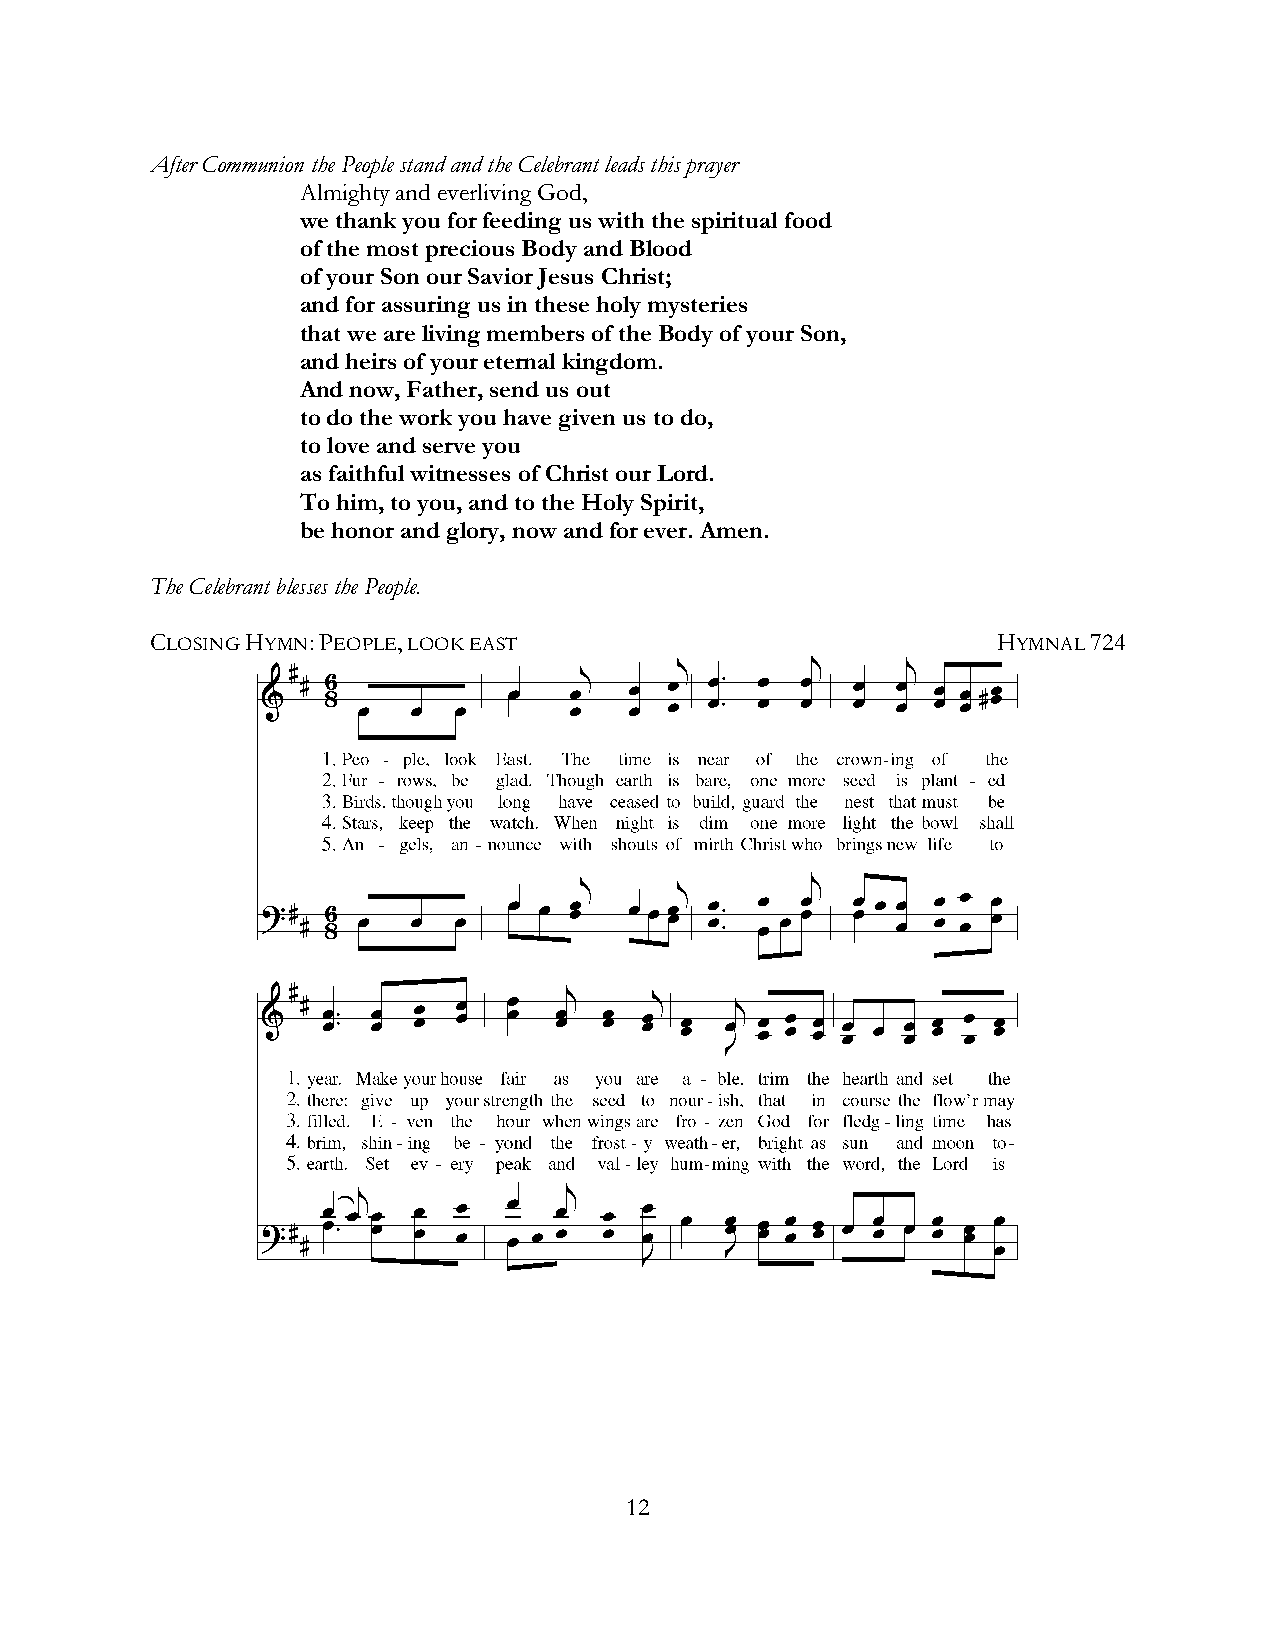
After Communion the People stand and the Celebrant leads this prayer
 Almighty and everliving God,
 we thank you for feeding us with the spiritual food
 of the most precious Body and Blood
 of your Son our Savior Jesus Christ;
 and for assuring us in these holy mysteries
 that we are living members of the Body of your Son,
 and heirs of your eternal kingdom.
 And now, Father, send us out
 to do the work you have given us to do,
 to love and serve you
 as faithful witnesses of Christ our Lord.
 To him, to you, and to the Holy Spirit,
 be honor and glory, now and for ever. Amen.
 The Celebrant blesses the People.
 CLOSING HYMN: PEOPLE, LOOK EAST                         HYMNAL 724
 12